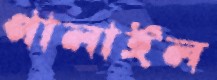
পালাইল